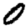
Digit: 0